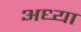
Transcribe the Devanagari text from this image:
अध्या